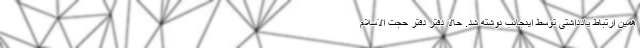
همین ارتباط یادداشتی توسط اینجانب نوشته شد. حالا دفتر دفتر حجت الاسلام